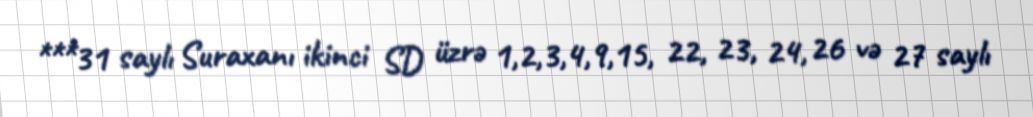
***31 saylı Suraxanı ikinci SD üzrə 1,2,3,4,9,15, 22, 23, 24, 26 və 27 saylı